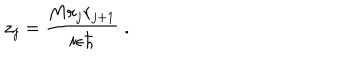
LaTeX: z _ { j } = \frac { M r _ { j } r _ { j + 1 } } { i \epsilon \hbar } \; .